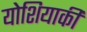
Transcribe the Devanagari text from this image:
योशियाकी